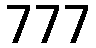
777